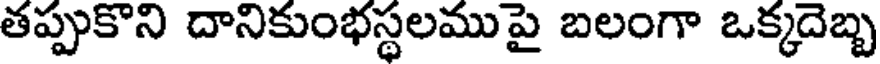
తప్పుకొని దానికుంభస్థలము పై బలంగా ఒక్కదెబ్బ